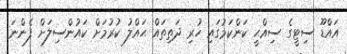
އައްޑޫ ސިޓީގެ ސިއްޙީ ކަންކަމުގައި ހުރި ދަތިތައް ޙައްލު ކުރުމަށް ކައުންސިލަށް ފެންނަ